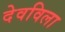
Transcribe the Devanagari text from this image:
देवविला